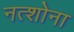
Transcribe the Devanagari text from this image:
नत्शोना